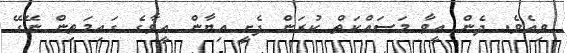
ވިއެވެ. ދެން އީވާ މަސައްކަތް ކުރަން ފެށީ އިޔާން އީވާގެ ގައިމަތިން ނޭގޭ